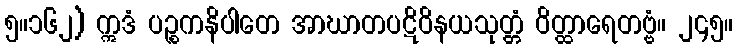
၅။၁၆၂) ဣဒံ ပဉ္စကနိပါတေ အာဃာတပဋိဝိနယသုတ္တံ ဝိတ္ထာရေတဗ္ဗံ။ ၂၄၅။